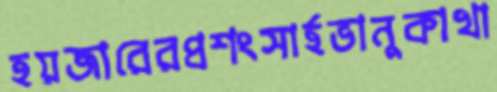
হয়জারেরপ্রশংসার্হভানুকাখা